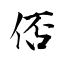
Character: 俖